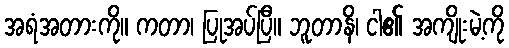
အရံအတားကို။ ကတာ၊ ပြုအပ်ပြီ။ ဘူတာနိ၊ ငါ၏ အကျိုးမဲ့ကို